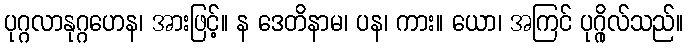
ပုဂ္ဂလာနုဂ္ဂဟေန၊ အားဖြင့်။ န ဒေတိနာမ၊ ပန၊ ကား။ ယော၊ အကြင် ပုဂ္ဂိုလ်သည်။